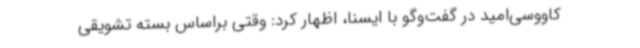
کاووسی‌امید در گفت‌وگو با ایسنا، اظهار کرد: وقتی براساس بسته تشویقی